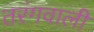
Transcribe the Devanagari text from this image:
तरंगवाली